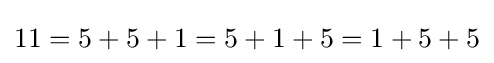
11=5+5+1=5+1+5=1+5+5